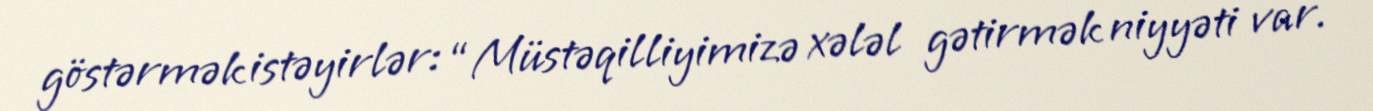
göstərmək istəyirlər: “Müstəqilliyimizə xələl gətirmək niyyəti var.